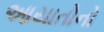
આયાતોનો